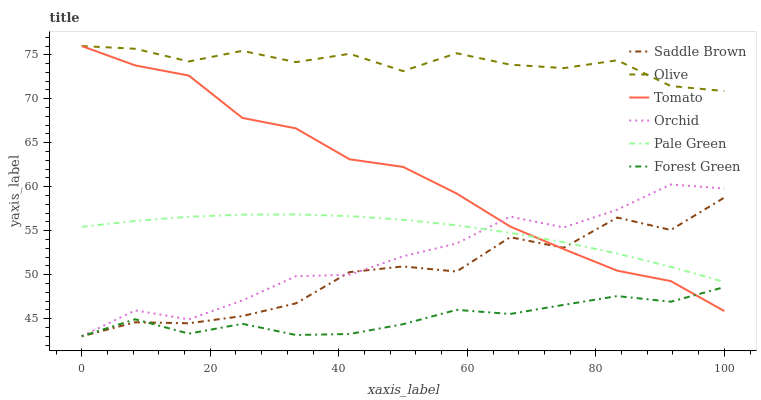
| xaxis_label | Saddle Brown | Olive | Tomato | Orchid | Pale Green | Forest Green |
 | --- | --- | --- | --- | --- | --- | --- |
 | 0 | 43 | 76 | 76 | 43 | 55.4 | 43 |
 | 8.33 | 44.6 | 75.7 | 73.8 | 45.9 | 56.1 | 44.9 |
 | 16.7 | 44.5 | 74.2 | 72.6 | 44.9 | 56.6 | 43.3 |
 | 25 | 45.3 | 75.5 | 67.8 | 47.1 | 56.8 | 44.4 |
 | 33.3 | 46.7 | 74.2 | 66.6 | 49.8 | 56.9 | 43.1 |
 | 41.7 | 50.3 | 75.1 | 63.1 | 50 | 56.7 | 43.3 |
 | 50 | 50.9 | 73.1 | 62.3 | 52.1 | 56.2 | 44.4 |
 | 58.3 | 50.4 | 75.2 | 59.2 | 53.5 | 55.6 | 46 |
 | 66.7 | 54.3 | 73.9 | 55.5 | 56.6 | 54.8 | 45.5 |
 | 75 | 53.1 | 73.5 | 52.9 | 55.4 | 53.7 | 46.6 |
 | 83.3 | 56.5 | 74.4 | 50.5 | 57.4 | 52.4 | 47.6 |
 | 91.7 | 55.1 | 71.4 | 49.3 | 60.3 | 50.9 | 46.9 |
 | 100 | 58.8 | 70.9 | 45.9 | 59.8 | 49.2 | 48.6 |